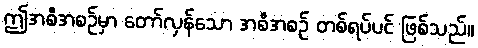
ဤအစီအစဉ်မှာ တော်လှန်သော အစီအစဉ် တစ်ရပ်ပင် ဖြစ်သည်။